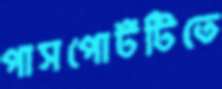
পাসপোর্টটিতে